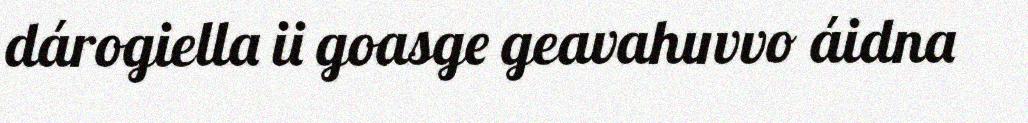
dárogiella ii goasge geavahuvvo áidna